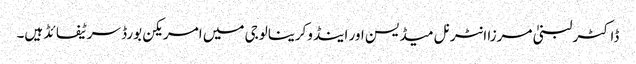
ڈاکٹر لبنیٰ مرزا انٹرنل میڈیسن اور اینڈوکرینالوجی میں‌ امریکن بورڈ سرٹیفائڈ ہیں۔